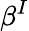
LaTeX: \beta^{I}